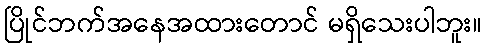
ပြိုင်ဘက်အနေအထားတောင် မရှိသေးပါဘူး။